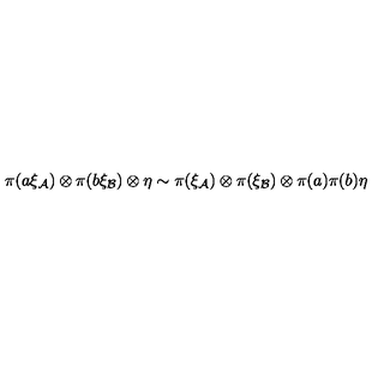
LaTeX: \pi ( a \xi _ { \cal A } ) \otimes \pi ( b \xi _ { \cal B } ) \otimes \eta \sim \pi ( \xi _ { \cal A } ) \otimes \pi ( \xi _ { \cal B } ) \otimes \pi ( a ) \pi ( b ) \eta